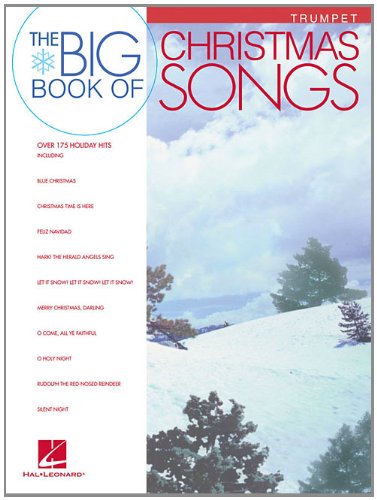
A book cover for Big Book of Christmas Songs Trumpet; Christian Books & Bibles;